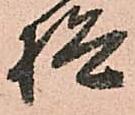
検